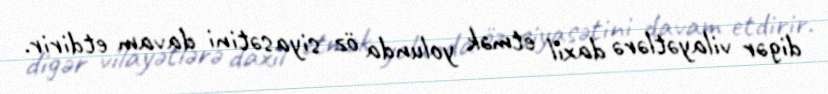
digər vilayətlərə daxil etmək yolunda öz siyasətini davam etdirir.